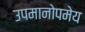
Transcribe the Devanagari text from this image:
उपमानोपमेय